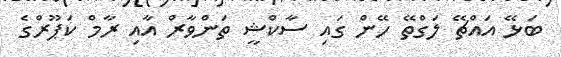
ބަޅޭ އައްޗޭ ލަގްތޭ ހޭން ގައި ސާކްޝީ ތަންވާރް އާއި ރާމް ކަޕޫރްގެ